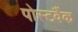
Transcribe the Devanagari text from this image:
पोस्टवैंक